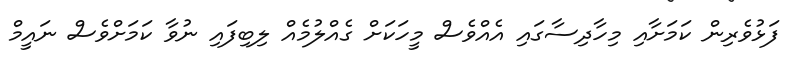
ފަޅުވެރިން ކަމަށާއި މިހާދިސާގައި އެއްވެސް މީހަކަށް ގެއްލުމެއް ލިބިފައި ނުވާ ކަަމަށްވެސް ނައީމް